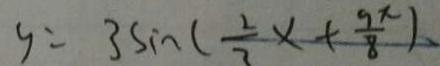
y = 3 \sin ( \frac { 2 } { 3 } x + \frac { 9 \pi } { 8 } )